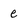
Character: e